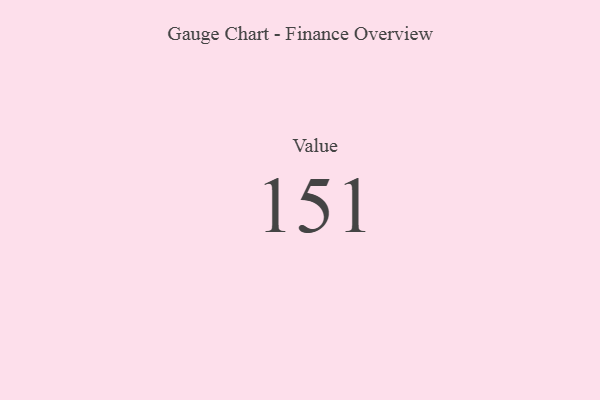
{"axis": {"x": "Metric", "y": "Value"}, "legend": [""], "data": [{"x": "Value", "y": 151, "type": ""}]}